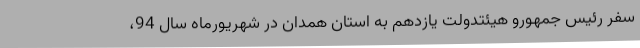
سفر رئیس جمهورو هیئتدولت یازدهم به استان همدان در شهریورماه سال 94،